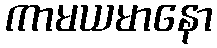
ကာမယမာနော